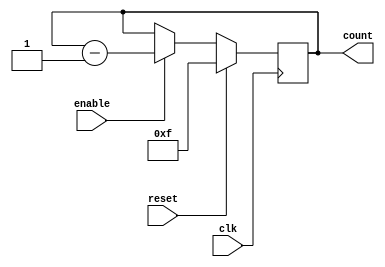
module binary_down_counter_with_enable (
    input wire clk, // clock signal
    input wire enable, // enable signal
    input wire reset, // reset signal
    output reg [3:0] count // 4-bit binary down counter output
);

// Synchronization logic    
reg [3:0] count_reg;
always @(posedge clk) begin
    if (reset) begin
        count_reg <= 4'hF; // initialize count value to 15 (1111 in binary)
    end else if (enable) begin
        count_reg <= count_reg - 1; // decrement count value by 1
    end
end

// Output
assign count = count_reg;

endmodule